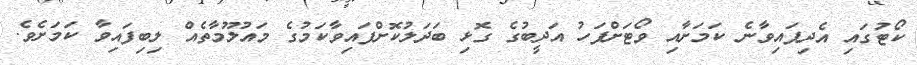
ކޯޓުގައި އެދިފައިވާނެ ކަމަށާއި ވޯޓަށްފަހު އަދީބުގެ ގޮޅި ބަދަލުކޮށްފައިވާކަމުގެ މައުލޫމާތެއް ލިބިފައިވާ ކަމަށެވެ.